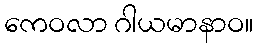
ကေဝလာ ဂါယမာနာဝ။